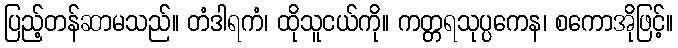
ပြည့်တန်ဆာမသည်။ တံဒါရကံ၊ ထိုသူငယ်ကို။ ကတ္တရသုပ္ပကေန၊ စကောအိုဖြင့်။